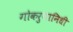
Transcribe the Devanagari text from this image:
गोकरुणानिधी